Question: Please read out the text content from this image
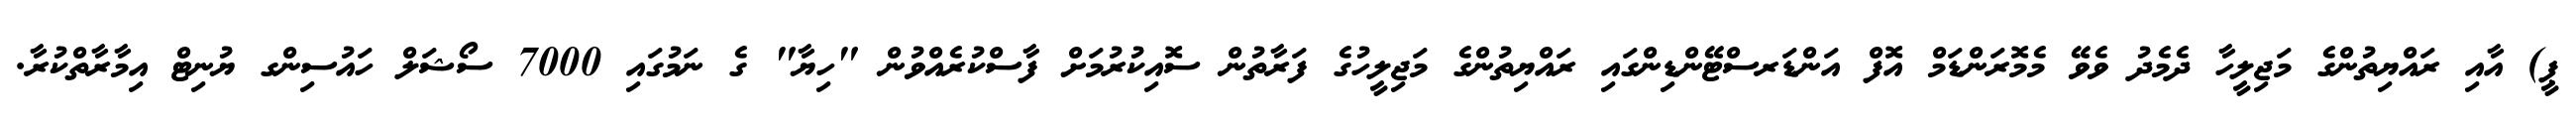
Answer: ޕީ) އާއި ރައްޔިތުންގެ މަޖިލީހާ ދެމެދު ވެވޭ މެމޮރަންޑަމް އޮފް އަންޑަރސްޓޭންޑިންގައި ރައްޔިތުންގެ މަޖިލީހުގެ ފަރާތުން ސޮއިކުރުމަށް ފާސްކުރެއްވުން "ހިޔާ" ގެ ނަމުގައި 7000 ސޯޝަލް ހައުސިންގ ޔުނިޓް އިމާރާތްކުރާ.